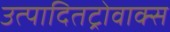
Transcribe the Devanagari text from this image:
उत्पादितट्रोवाक्स